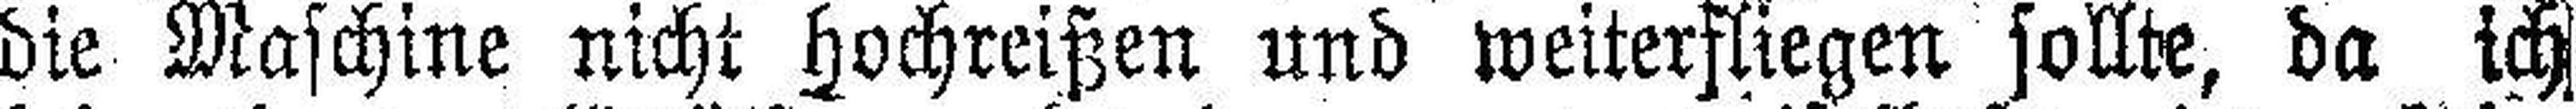
die Maschine nicht Hochreißen und weiterfliegen sollte, da ich